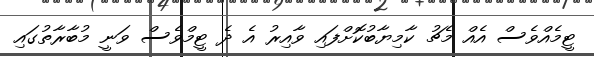
ޓީމެއްވެސް އެއް މެޗު ކާމިޔާބުކޮށްފައި ވާއިރު އެ ދެ ޓީމްވެސް ވަނީ މުބާރާތުގައި